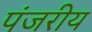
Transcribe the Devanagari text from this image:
पंजरीय